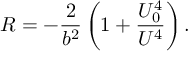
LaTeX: R = - { \frac { 2 } { b ^ { 2 } } } \left( 1 + { \frac { U _ { 0 } ^ { 4 } } { U ^ { 4 } } } \right) .